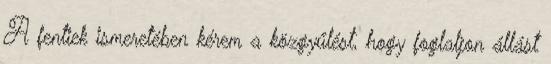
A fentiek ismeretében kérem a közgyűlést, hogy foglaljon állást